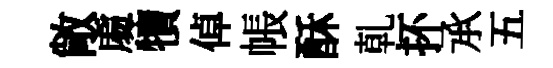
敞䖏犢倬帳酥乹抔𠄘五